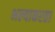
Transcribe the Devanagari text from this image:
भल्याकरता